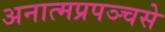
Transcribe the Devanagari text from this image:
अनात्मप्रपञ्चसे